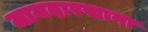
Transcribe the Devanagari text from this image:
जामदारखाना